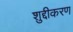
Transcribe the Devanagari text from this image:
शुद्दीकरण